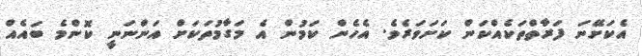
އެކަށޭނަ ފަރާތްތަކެއްކަން ކަށަވަރެވެ. އެހެން ކަމުން އެ މަގާމުތަކަށް އަންނަނީ ކޮންމެ ބައެއް